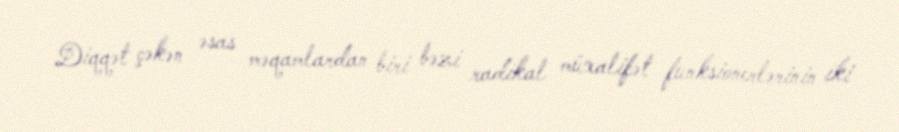
Diqqət çəkən əsas məqamlardan biri bəzi radikal müxalifət funksionerlərinin iki